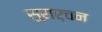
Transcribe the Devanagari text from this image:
सुरार्चन